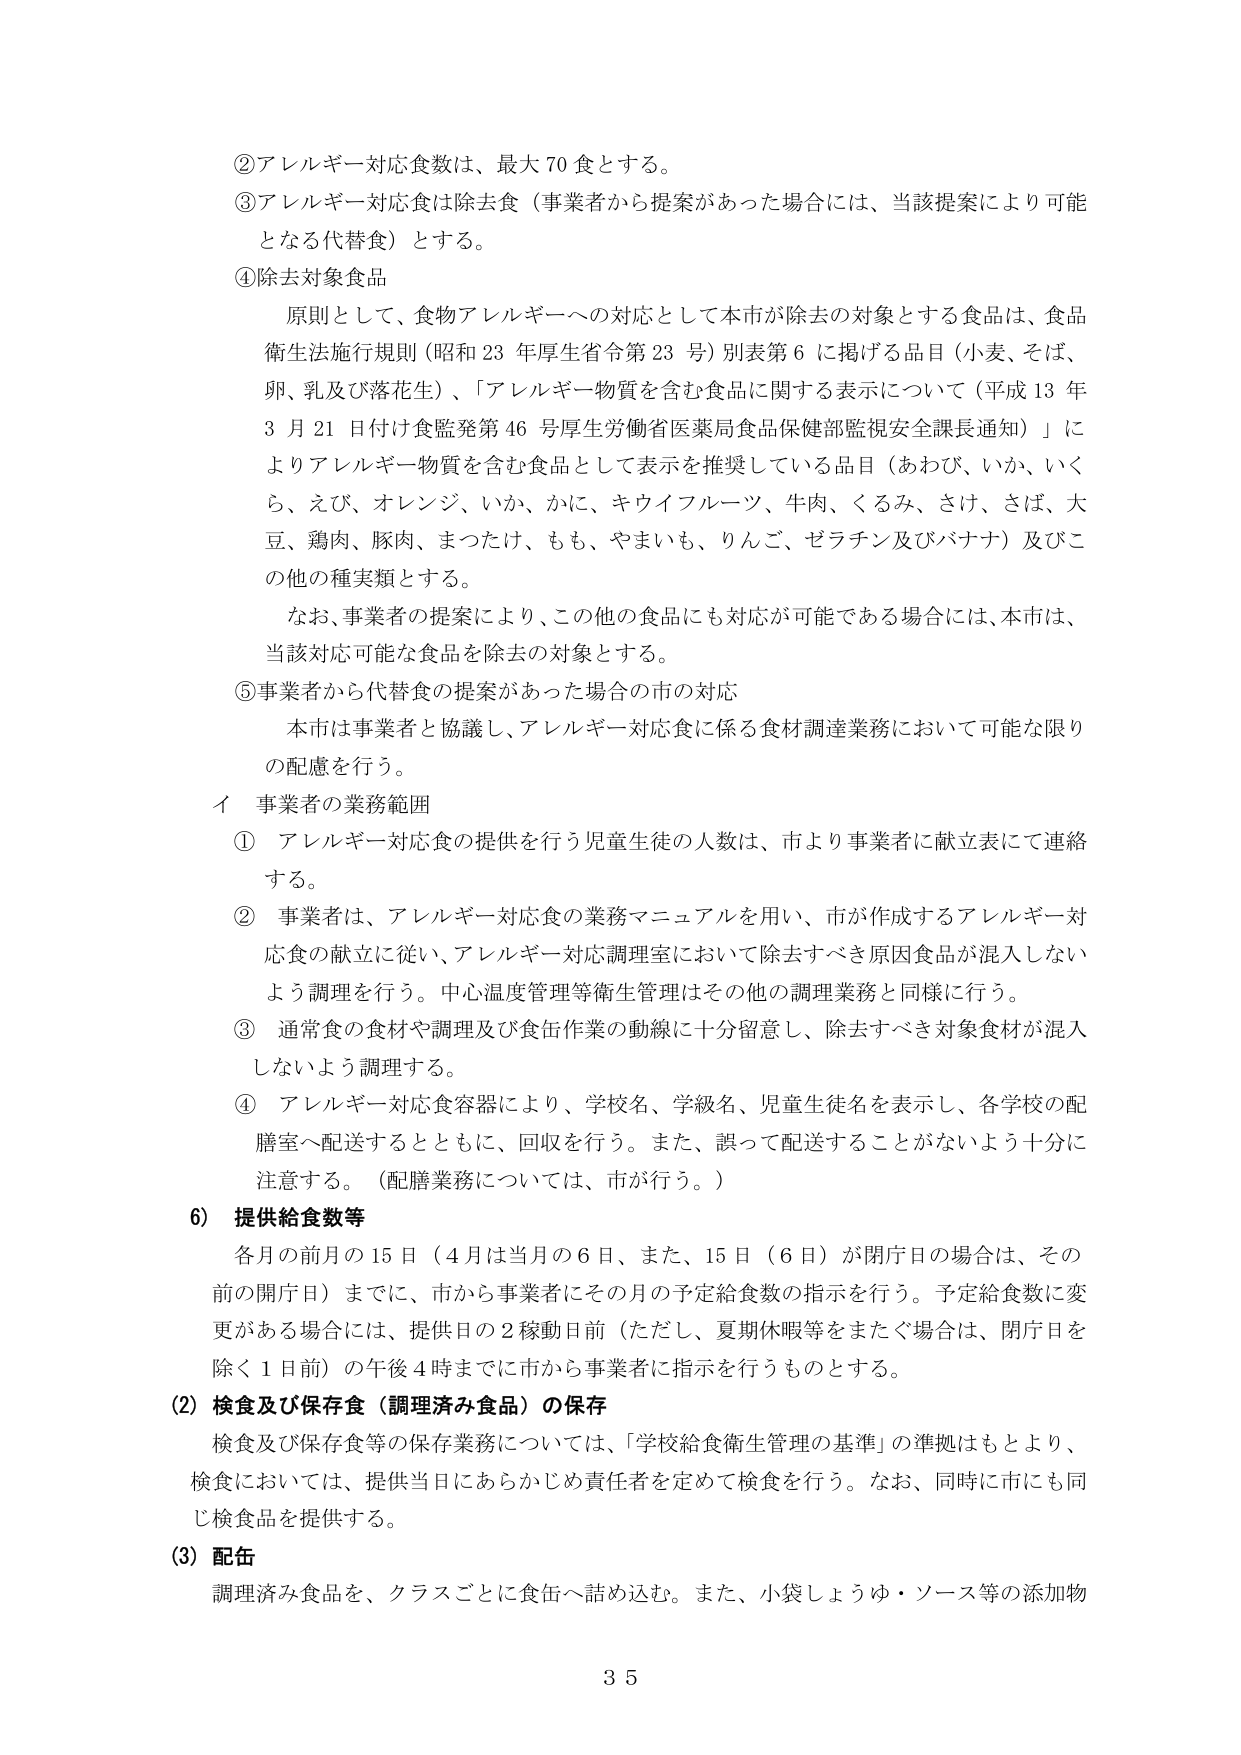
②アレルギー対応食数は、最大70食とする。

③アレルギー対応食は除去食（事業者から提案があった場合には、当該提案により可能となる代替食）とする。

④除去対象食品

原則として、食物アレルギーへの対応として本市が除去の対象とする食品は、食品衛生法施行規則（昭和23年厚生省令第23号）別表第6に掲げる品目（小麦、そば、卵、乳及び落花生）、「アレルギー物質を含む食品に関する表示について（平成13年3月21日付け食監発第46号厚生労働省医薬局食品保健部監視安全課長通知）」によりアレルギー物質を含む食品として表示を推奨している品目（あわび、いか、いくら、えび、オレンジ、いか、かに、キウイフルーツ、牛肉、くるみ、さけ、さば、大豆、鶏肉、豚肉、まつたけ、もも、やまいも、りんご、ゼラチン及びバナナ）及びこの他の種実類とする。

なお、事業者の提案により、この他の食品にも対応が可能である場合には、本市は、当該対応可能な食品を除去の対象とする。

⑤事業者から代替食の提案があった場合の市の対応

本市は事業者と協議し、アレルギー対応食に係る食材調達業務において可能な限りの配慮を行う。

イ 事業者の業務範囲

① アレルギー対応食の提供を行う児童生徒の人数は、市より事業者に献立表にて連絡する。

② 事業者は、アレルギー対応食の業務マニュアルを用い、市が作成するアレルギー対応食の献立に従い、アレルギー対応調理室において除去すべき原因食品が混入しないよう調理を行う。中心温度管理等衛生管理はその他の調理業務と同様に行う。

③ 通常食の食材や調理及び食缶作業の動線に十分留意し、除去すべき対象食材が混入しないよう調理する。

④ アレルギー対応食容器により、学校名、学級名、児童生徒名を表示し、各学校の配膳室へ配送するとともに、回収を行う。また、誤って配送することがないよう十分に注意する。（配膳業務については、市が行う。）

6）提供給食数等

各月の前月の15日（4月は当月の6日、また、15日（6日）が閉庁日の場合は、その前の開庁日）までに、市から事業者にその月の予定給食数の指示を行う。予定給食数に変更がある場合には、提供日の2稼動日前（ただし、夏期休暇等をまたぐ場合は、閉庁日を除く1日前）の午後4時までに市から事業者に指示を行うものとする。

(2) 検食及び保存食（調理済み食品）の保存

検食及び保存食等の保存業務については、「学校給食衛生管理の基準」の準拠はもとより、検食においては、提供当日にあらかじめ責任者を定めて検食を行う。なお、同時に市にも同じ検食品を提供する。

(3) 配缶

調理済み食品を、クラスごとに食缶へ詰め込む。また、小袋しょうゆ・ソース等の添加物

35